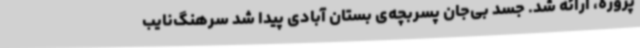
پروژه، ارائه شد. جسد بی‌جان پسربچه‌ی بستان آبادی پیدا شد سرهنگ‌نایب